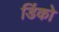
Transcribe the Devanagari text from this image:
डिंको